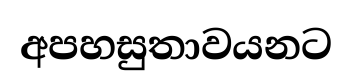
අපහසුතාවයනට